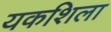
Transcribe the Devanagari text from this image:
यकशिला